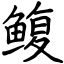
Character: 鳆